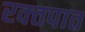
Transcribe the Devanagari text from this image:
रक्‍तपात